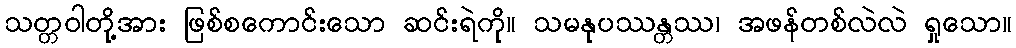
သတ္တဝါတို့အား ဖြစ်စကောင်းသော ဆင်းရဲကို။ သမနုပဿန္တဿ၊ အဖန်တစ်လဲလဲ ရှုသော။